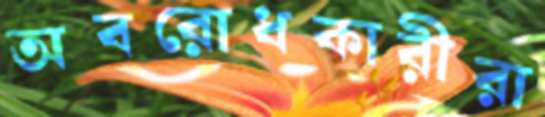
অবরোধকারীরা